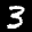
Label: 3